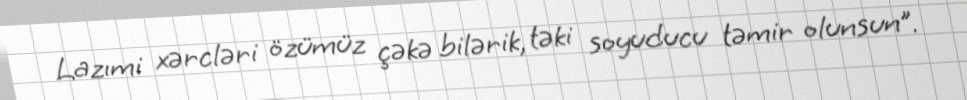
Lazımi xərcləri özümüz çəkə bilərik, təki soyuducu təmir olunsun”.